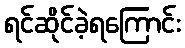
ရင်ဆိုင်ခဲ့ရကြောင်း